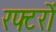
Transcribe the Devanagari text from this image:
रफ्टरों